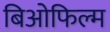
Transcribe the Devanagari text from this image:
बिओफिल्म